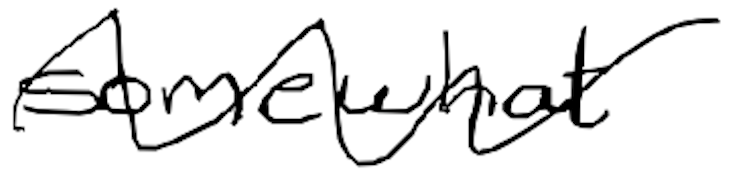
Text: somewhat
Cross-out: wave
Writing tool: digital_black